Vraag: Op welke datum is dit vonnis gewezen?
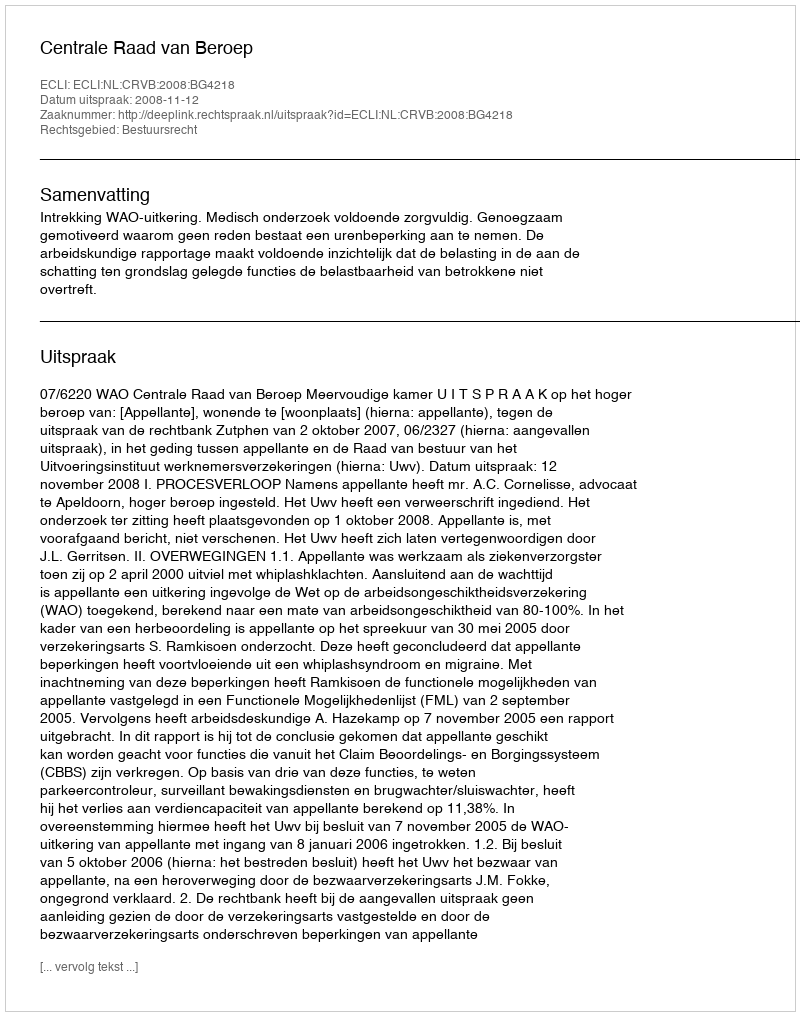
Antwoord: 2008-11-12